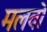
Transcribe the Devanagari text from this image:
मलवो